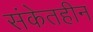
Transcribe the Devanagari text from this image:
संकेतहीन